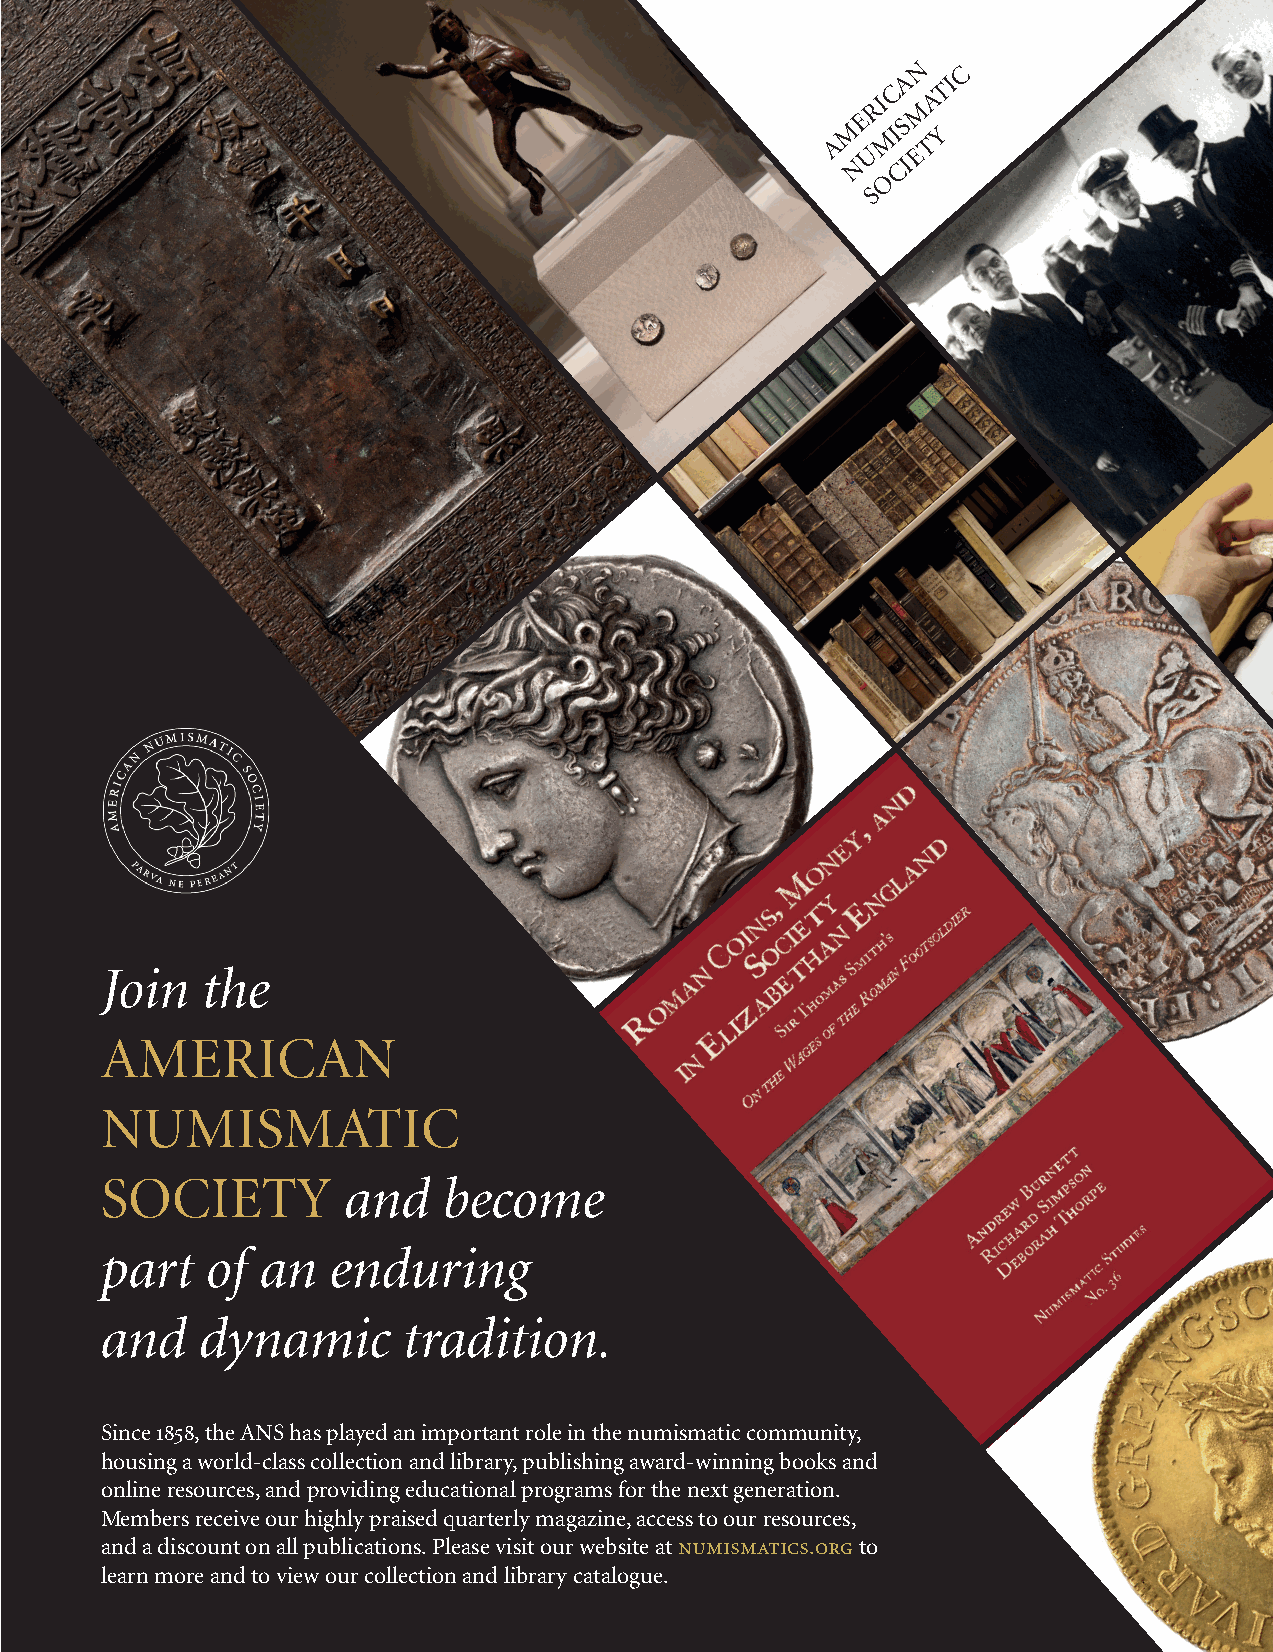
N C
 RIC
 A
 M
 ATI
 A M E M IS TY
 U  E
 N  CI
 O
 S
 Join  the
 AMERICAN
 NUMISMATIC
 SOCIETY         and   become
 part   of an   enduring
 and   dynamic       tradition.
 Since 1858, the ANS has played an important role in the numismatic community,
 housing a world-class collection and library, publishing award-winning books and
 online resources, and providing educational programs for the next generation.
 Members receive our highly praised quarterly magazine, access to our resources,
 and a discount on all publications. Please visit our website at numismatics.org to
 learn more and to view our collection and library catalogue.